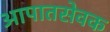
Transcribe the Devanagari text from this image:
आपातसेवक